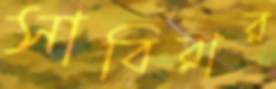
সাবিরার